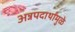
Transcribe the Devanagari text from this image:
अन्नपदार्थांमुळे